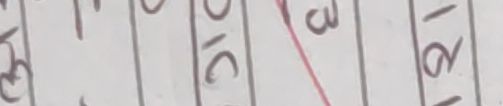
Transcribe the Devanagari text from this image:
३ १० ३ १२